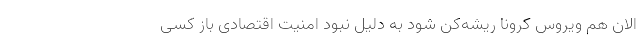
الان هم ویروس کرونا ریشه‌کن شود به دلیل نبود امنیت اقتصادی باز کسی